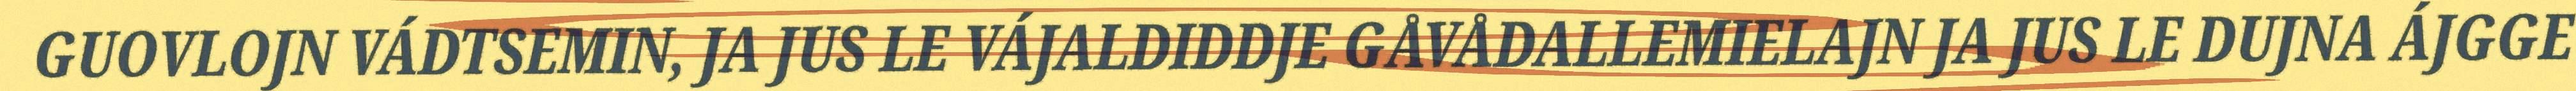
GUOVLOJN VÁDTSEMIN, JA JUS LE VÁJALDIDDJE GÅVÅDALLEMIELAJN JA JUS LE DUJNA ÁJGGE